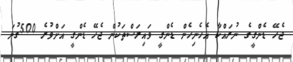
ޖެހޭ ޑެންގީގެ ނުރައްކާ އެހެނިހެން ޑެންގީ ވައިރަސްތަކުން ޖެހޭ ޑެންގީ އަށްވުރެ 500ގުނަ